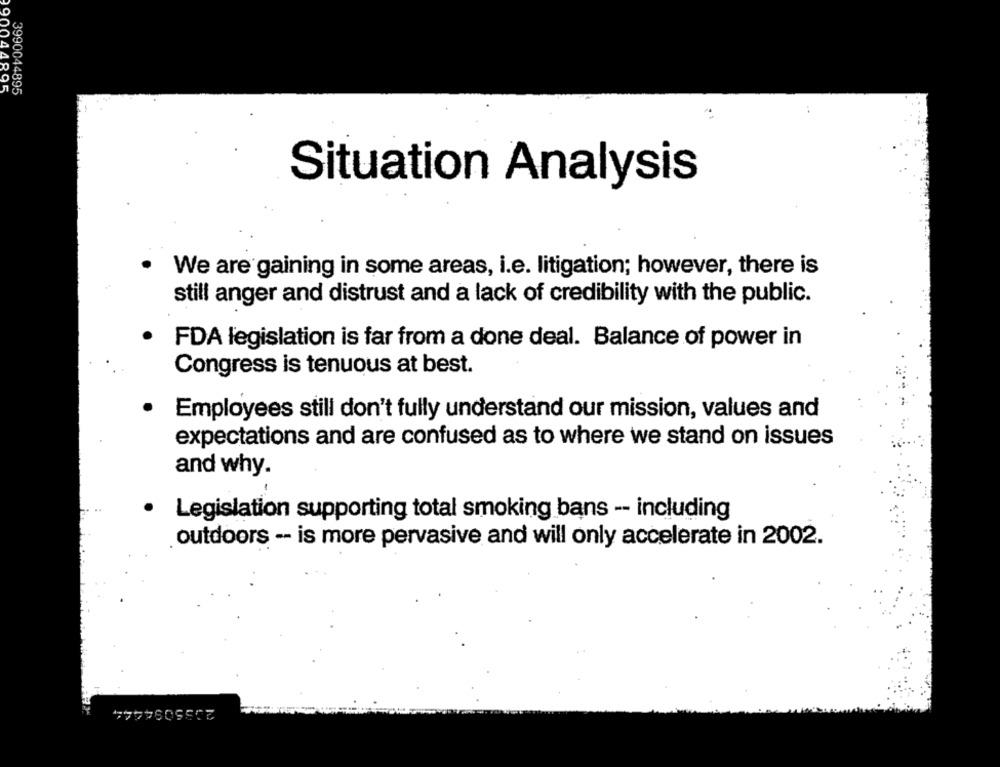
90044895
3990044895
Situation Analysis
We are gaining in some areas, i.e. litigation; however, there is
still anger and distrust and a lack of credibility with the public.
FDA legislation is far from a done deal. Balance of power in
Congress is tenuous at best.
Employees still don't fully understand our mission, values and
expectations and are confused as to where we stand on issues
and why.
· Legislation supporting total smoking bans -- including
outdoors -- is more pervasive and will only accelerate in 2002.
2055094444